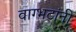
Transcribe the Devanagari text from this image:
वाग्भटांनी